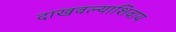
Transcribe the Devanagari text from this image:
दाखवल्याशिवाय